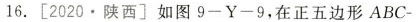
16.[2020·陕西］如图9-Y-9，在正五边形ABC-